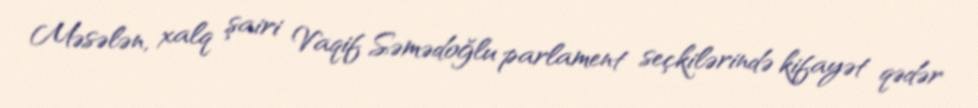
Məsələn, xalq şairi Vaqif Səmədoğlu parlament seçkilərində kifayət qədər